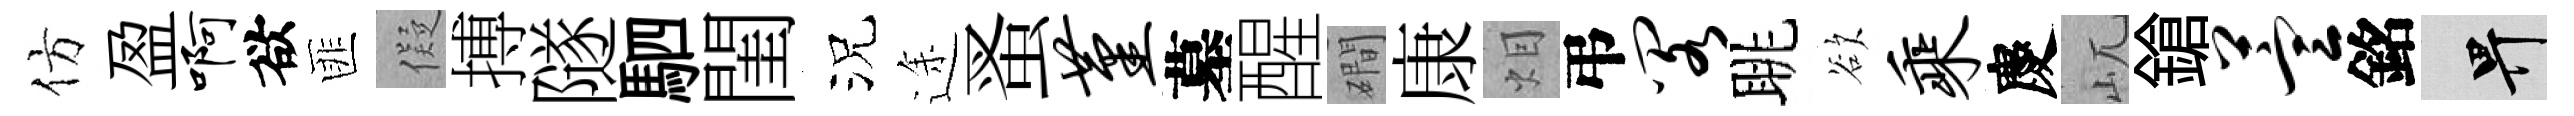
仿盈啊欲匪儗搏隧駟閨況途蚤堇墓醒磵康𤇆弔阁眺欲乘慶屼鎗萱銘畀